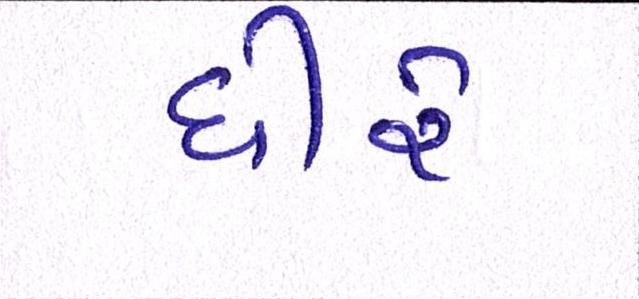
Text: ધીરે